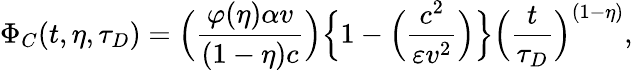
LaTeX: \Phi_{C}(t,\eta,\tau_{D})=\Big({\frac{\varphi(\eta)\alpha v}{(1-\eta)c}}\Big)\Big\{ 1-\Big({\frac{c^{2}}{\varepsilon v^{2}}}\Big)\Big\} \Big({\frac{t}{\tau_{D}}}\Big)^{(1-\eta)},